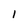
Character: 1